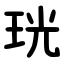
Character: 珖